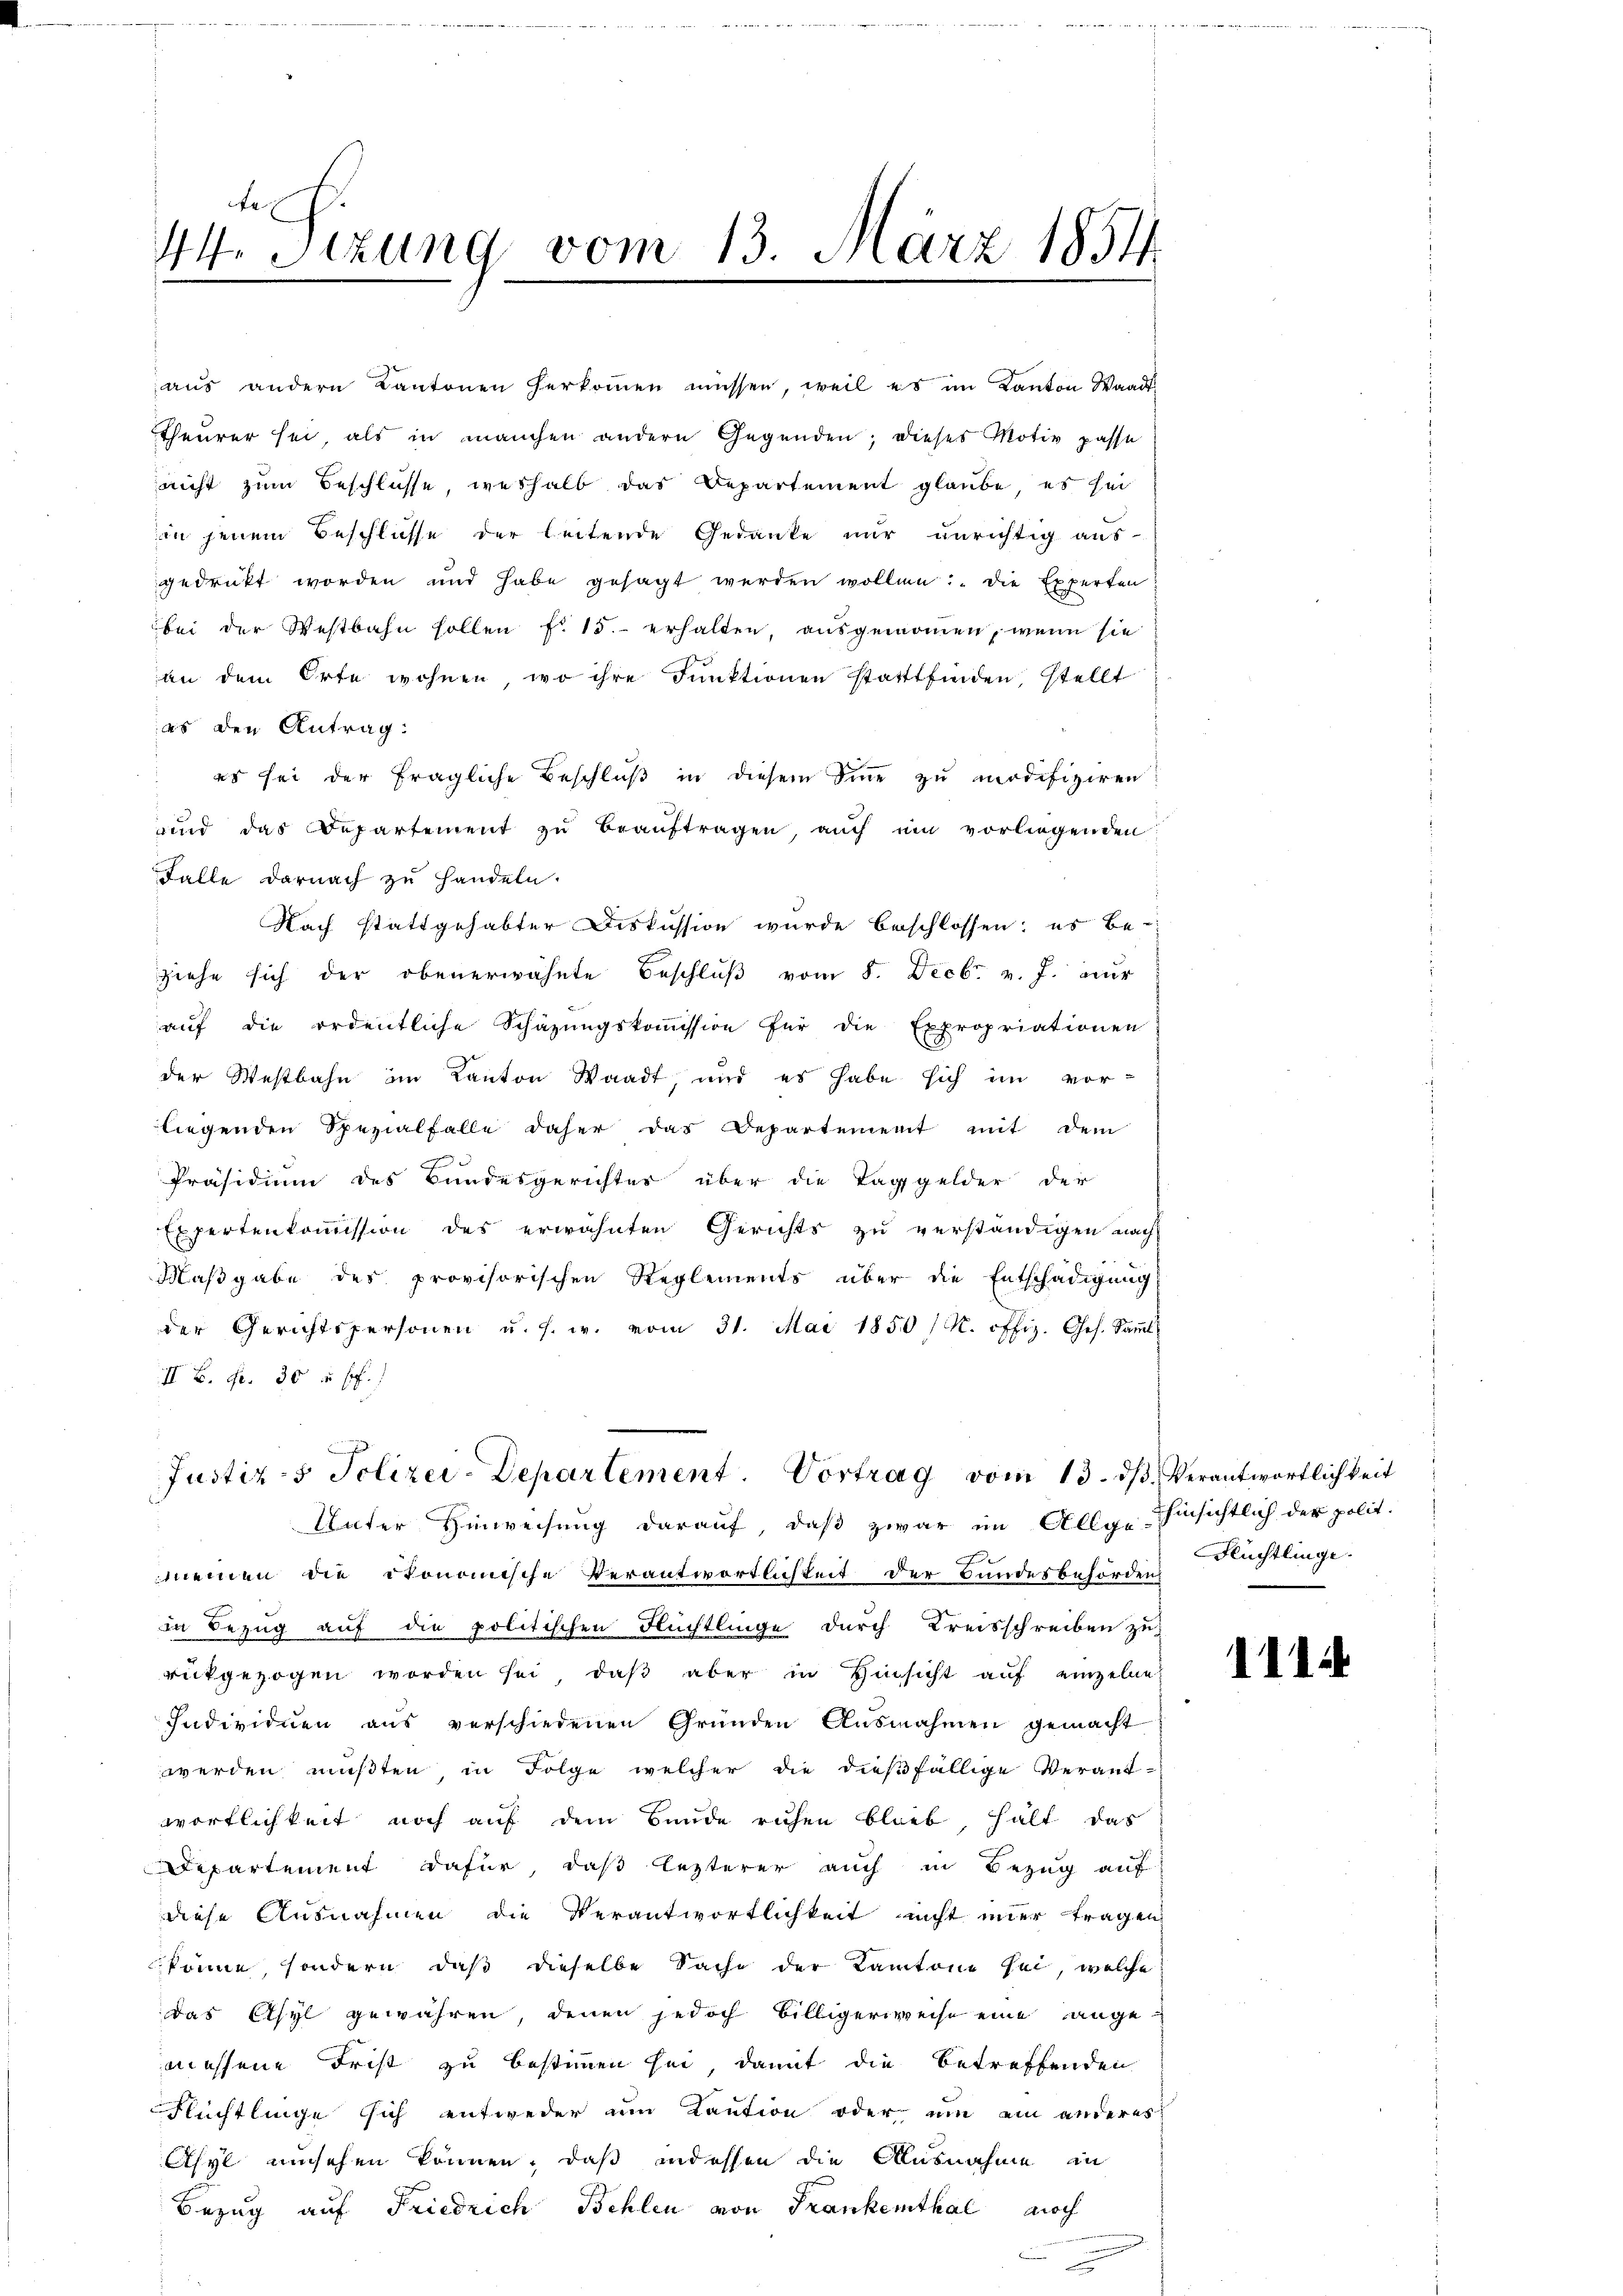
e
44. Sitzung vom 13. März 1854

aŭs andern Kantonen herkoṁen müssen, weil es im Kanton Waadt,
Theurer sei, als in manchen andern Gegenden; dieses Motiv passe
nicht zum Beschlüsse, weshalb das Departement glaube, es sei
in jenem Beschlüsse der leitende Gedanke nur unrichtig aus-
gedruckt worden und habe gesagt werden wollen: „Die Experten
bei der Westbahn sollen f. 15. erhalten, ausgenommen, wenn sie
an dem Orte wohnen, wo ihre Funktionen statttfinden, stellt
as den Antrag:
es sei der fragliche Beschluß in diesem Sine zu modifiziren
ind das Departement zu beauftragen, auch um vorliegenden
Falle darnach zu handeln.
Nach stattgehabter Diskussion wurde beschlossen; es be-
ziehe sich der obenerwähnte Beschlŭβ vom 5. Decbr. v. J. nur
aŭf die ordentliche Schazungskoṁission für die Expropriationen
der Westbahn im Kanton Waadt, und es habe sich im vor-
liegenden Spezialfalle daher das Departement mit dem
Präsidium des Bundesgerichter über die Taggelder der
Expertenkommission des erwähnten Gerichts zu verständigen nach
Maßgabe des provisorischen Reglements über die Entschädigung
der Gerichtspersonen u. s. w. vom 31. Mai 1850 / M. offiz. Ges. Saṁl
II B. Fr. 30 u. s.

Justiz- & Polizei-Departement. Vortrag vom 13. ds

Unter Hinweisung darauf, daß zwar im Allg. hinsichtlich der polit.
meinen die ökonomische Verantwortlichkeit der Bundesbehörden
in Bezug auf die politischen Flüchtlinge durch Kreisschreiben zu
rückgezogen worden sei, daß aber in Hinsicht auf einzelne
Individuen aus verschiedenen Gründen Aŭsnahmen gemacht
werden mußten in Folge welcher die dießfällige Verantwortlichkeit noch auf dem Bunde ruhen blieb, hält das
Departement dafür, daß lezterer auch in Bezug auf
diese Ausnahmen die Verantwortlichkeit nicht imer tragen
könne, sondern, daß dieselbe Sache der Kantone sei, welche
das Asyl gewähren, denen jedoch Billigerweise eine angemessene Frist zu bestimmen sei, damit die betreffenden
Flüchtlinge sich entweder um Kaution oder um ein anderes
Asyl umsehen können, daß indessen die Ausnahme in
Bezug auf Friedrich Behlen von Frankenthal noch

Verantwortlichkeit
Flüchtlinge.

1114